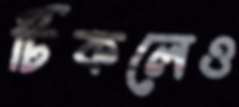
টিকলেও